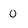
Character: 0